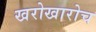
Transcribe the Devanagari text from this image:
खरोखारोच